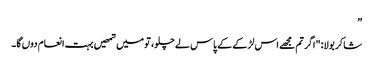
”
شاکر بولا: "اگر تم مجھے اس لڑکے کے پاس لے چلو، تو میں تمھیں بہت انعام دوں گا۔